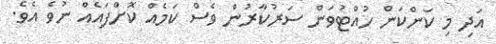
އަދި މި ކަންކަން ހުއްޓުވަން ސަރުކާރުން ވެސް ކަމެއް ކޮށްފައެއް ނުވެ އެވެ.